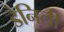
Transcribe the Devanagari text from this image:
डैनिली